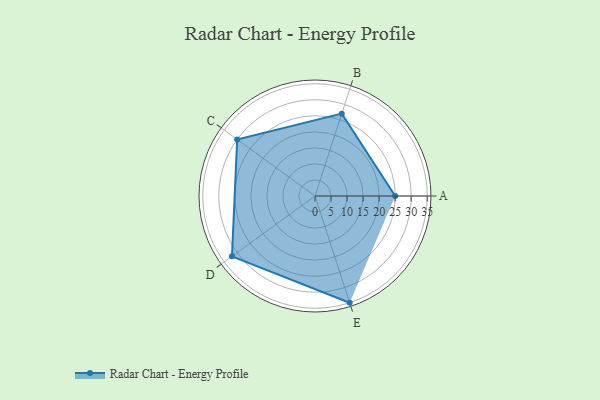
{"axis": {"x": "Skill", "y": "Score"}, "legend": ["Profile"], "data": [{"x": "A", "y": 25.0, "type": "Profile"}, {"x": "B", "y": 27.0, "type": "Profile"}, {"x": "C", "y": 30.0, "type": "Profile"}, {"x": "D", "y": 32.0, "type": "Profile"}, {"x": "E", "y": 35.0, "type": "Profile"}]}